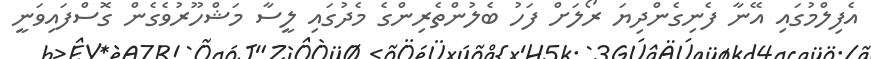
އެފިލްމުގައި އޭނާ ފެނިގެންދިޔަ ރޯލަށް ފަހު ބެލުންތެރިންގެ މެދުގައި ލީސާ މަޝްހޫރުވެގެން ގޮސްފައިވަނީ